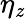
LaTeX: \eta_{\mathit{z}}